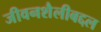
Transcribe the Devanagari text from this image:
जीवनशैलीबद्दल